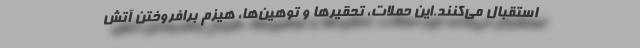
استقبال می‌کنند.این حملات، تحقیرها و توهین‌ها، هیزم برافروختن آتش